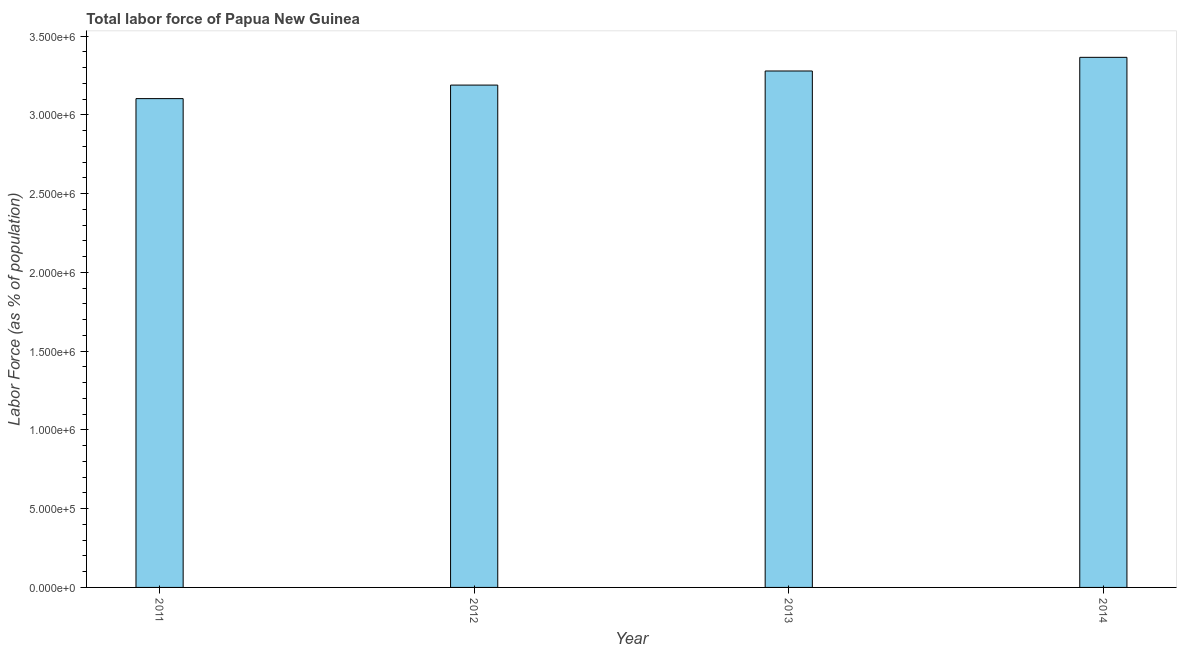
| Year | Labor force |
 | --- | --- |
 | 2011 | 3.1e+06 |
 | 2012 | 3.19e+06 |
 | 2013 | 3.28e+06 |
 | 2014 | 3.37e+06 |